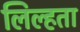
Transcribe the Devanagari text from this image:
लिल्हता